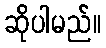
ဆိုပါမည်။